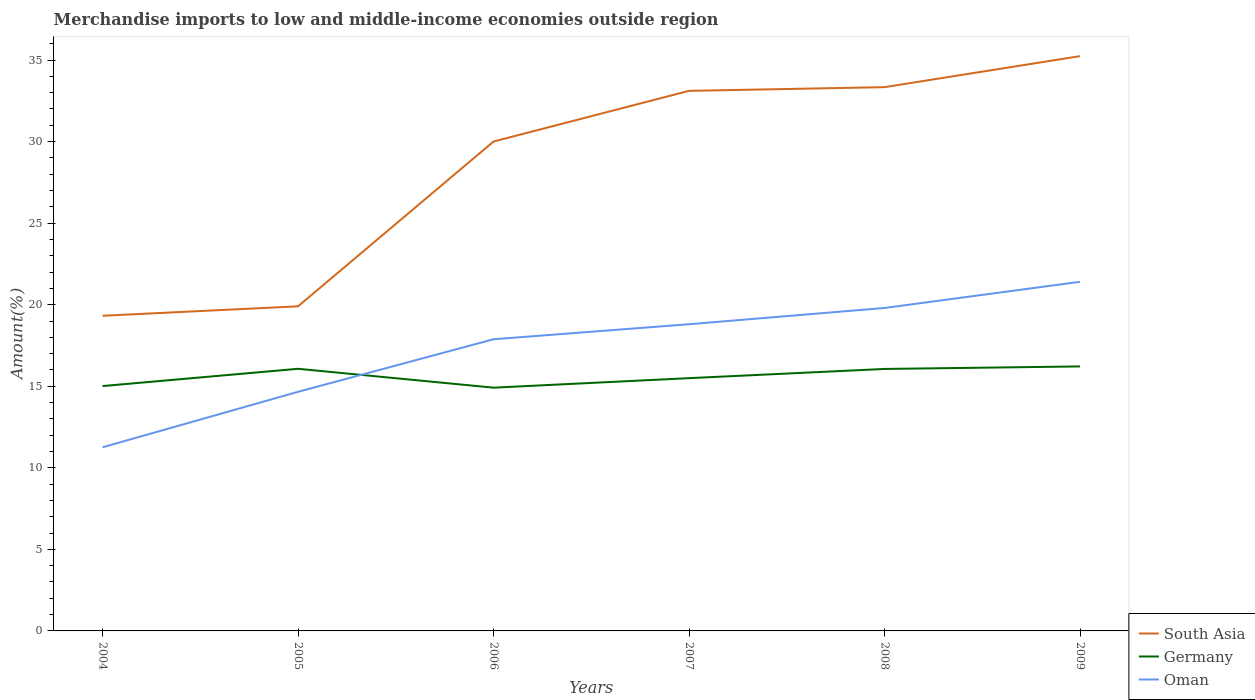
| Years | South Asia | Germany | Oman |
 | --- | --- | --- | --- |
 | 2004 | 19.3 | 15 | 11.3 |
 | 2005 | 19.9 | 16.1 | 14.7 |
 | 2006 | 30 | 14.9 | 17.9 |
 | 2007 | 33.1 | 15.5 | 18.8 |
 | 2008 | 33.3 | 16.1 | 19.8 |
 | 2009 | 35.2 | 16.2 | 21.4 |